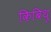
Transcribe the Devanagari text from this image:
किबिथू